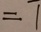
= 1